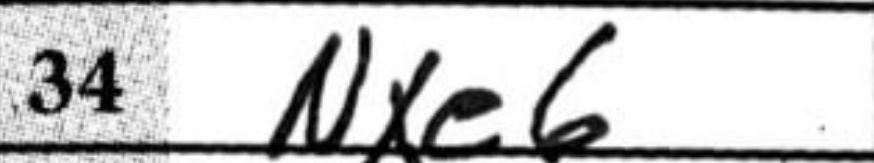
Transcription: Nxe6